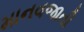
માનવજાતી